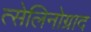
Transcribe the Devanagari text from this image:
त्सेलिनोग्राद